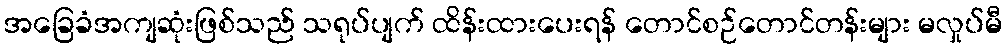
အခြေခံအကျဆုံးဖြစ်သည် သရုပ်ပျက် ထိန်းထားပေးရန် တောင်စဉ်တောင်တန်းများ မလှုပ်မီ